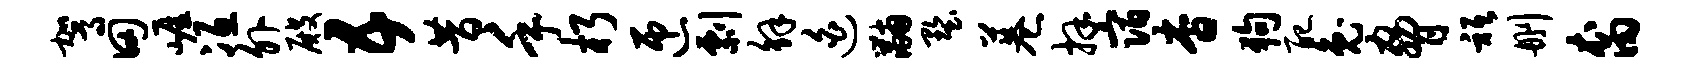
驾田崖冱外殿五昔手朽匝剽解迫黼墅巷拜宿杳狗配兔胁只删裔